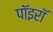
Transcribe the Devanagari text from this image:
पॉइरॉ